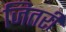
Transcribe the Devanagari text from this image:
जितरी